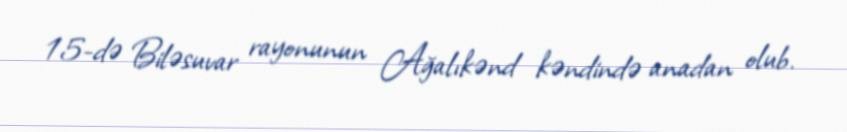
15-də Biləsuvar rayonunun Ağalıkənd kəndində anadan olub.